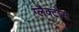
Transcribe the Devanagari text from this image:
ग्लैक्टोस